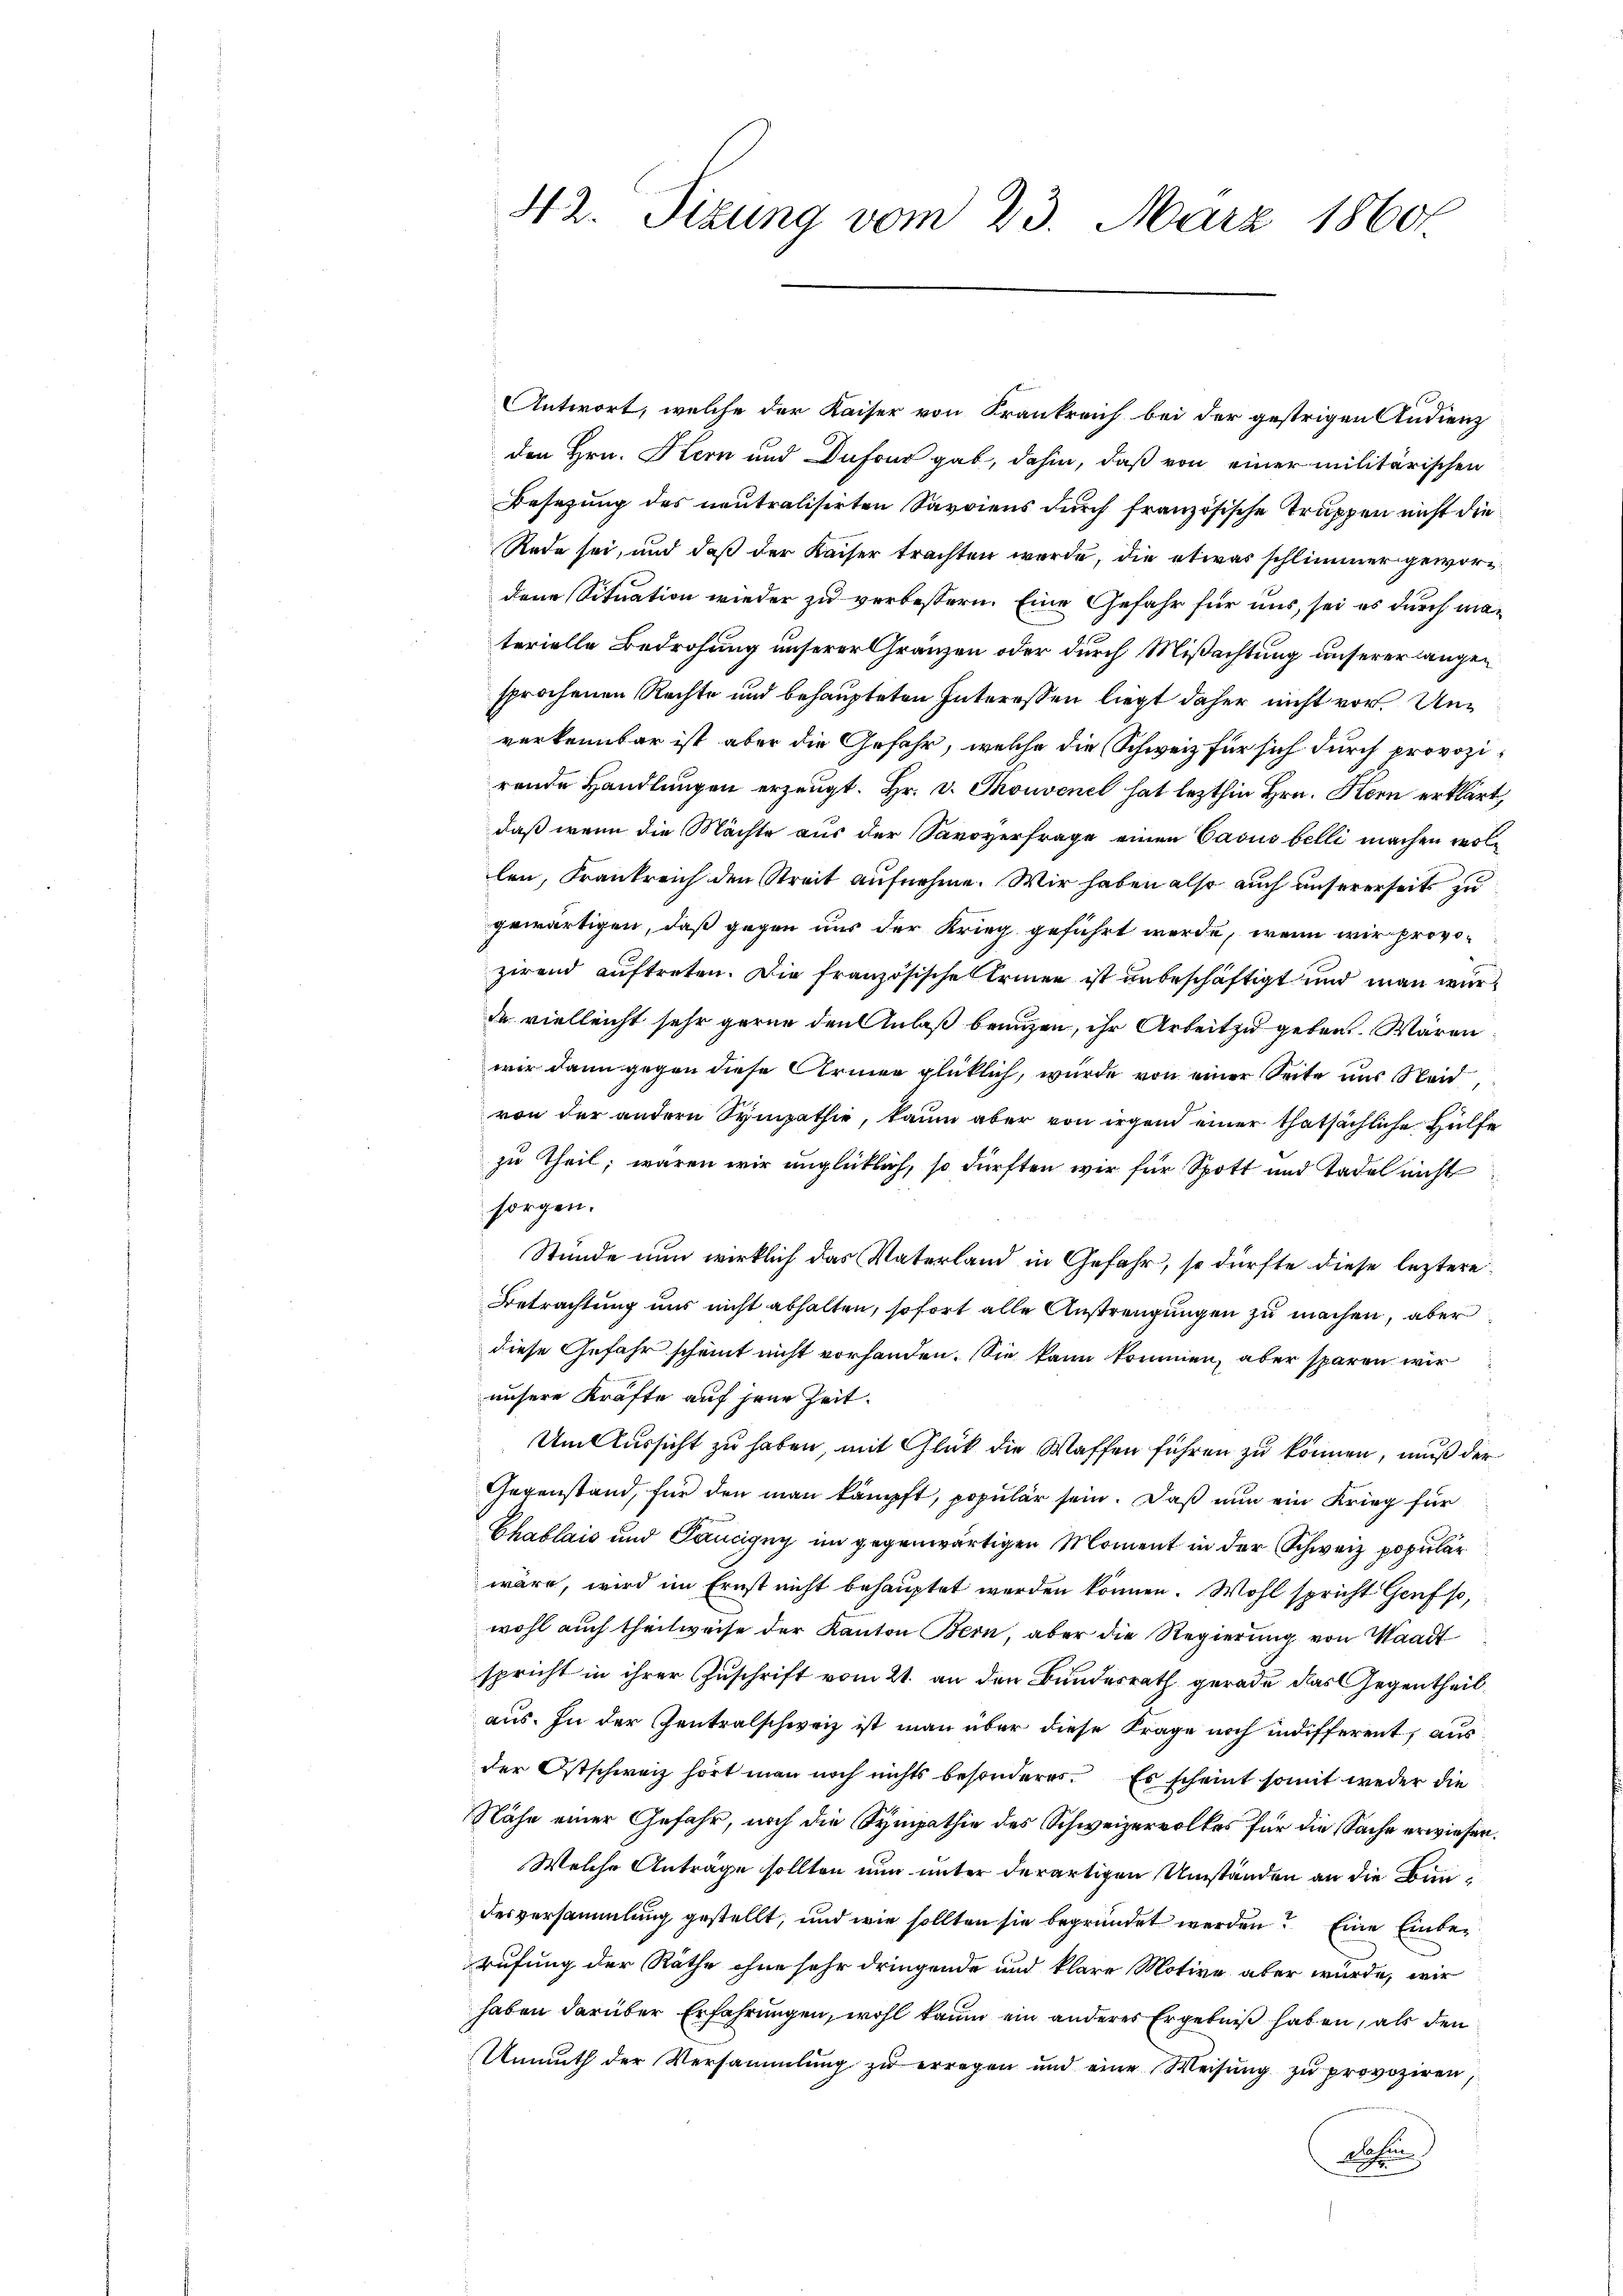
Antwort, welche der Kaiser von Frankreich bei der gestrigen Andienz
den Hrn. Kern und Dufour gab, dahin, daß von einer militärischen
Besetzung des neutralisirten Savviens durch französische Truppen nicht die
Rede sei, und daß der Kaiser trachten werde, die etwas schlimmer gewordene Situation wieder zu verbessern. Eine Gefahr für uns, sei es durch materielle Bedrohung unserer Gränzen oder durch Mißachtung unserer langen
sprochenen Rechte und behaupteten Interessen liegt daher nicht vor. Unverkennbar ist aber die Gefahr, welche die Schweiz für sich durch provozirende Handlungen erzeugt. Hr. v. Thonvenet hat lezthin Hrn. Kern erklärt,
daß wenn die Mächte aus der Savoyerfrage einen Casus belli machen wollen, Frankreich den Streit aufnehme. Wir haben also auch unsererseits zu
gewärtigen, daß gegen uns der Krieg geführt werde, wenn wir provozirend auftreten. Die französische Armen ist unbeschäftigt und man wurda vielleicht sehr gerne den Anlaß benuzen, ihr Arbeit zu geben. Wären
wir dann gegen diese Armen glücklich, wurde von einer Seite uns Steid
von der andern Sympathie, kaum aber von irgen einer thatsächliche Hülfe
zu Theil, waren wir unglücklich, so dürften wir für Spott und Tadel nicht
sorgen.
Stunde nun wirklich das Vaterland in Gefahr, so dürfte diese leztere
Betrachtung uns nicht abhalten, sofort alle Austrengungen zu machen, aber
diese Gefahr scheint nicht vorhanden. Sie kann kommen, aber sparen wir
unsere Kräfte auf jene Zeit.
Um Aussicht zu haben, mit Glück die Waffen führen zu können, muß der
Gegenstand, für den man kämpft, populär sein. Daß nun ein Krieg für
Chablais und Pancigny im gegenwärtigen Moment in der Schweiz populär
wäre, wird im Ernst nicht behauptet werden können. Wohl spricht Genf so,
wohl auch theilweise der Kanton Bern, aber die Regierung von Waadt
spricht in ihrer Zuschrift vom 21. an den Bundesrath gerade das Gegentheilaus. In der Zentralschweiz ist man über diese Frage noch indifferent, aus
der Ostschweiz hört man noch nichts besonderes. Es scheint somit weder die
Nähe einer Gefahr, noch die Sympathie des Schweizervolkes für die Sache erwiesen.
Welche Anträge sollten nun unter derartigen Umständen an die Bundesversammlung gestellt, und wie sollten sie begründet werden? Eine Einberufung der Räthe ohne sehr dringende und klare Motive aber wurde, wir
haben darüber Erfahrungen, wohl kaum ein anderes Ergebniß haben, als den
Unmuth der Versammlung zu erregen und eine Weisung zu provoziren,
Wochen

42. Sizung vom 23. März 1860.